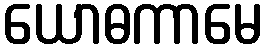
ယောဓကာမေ